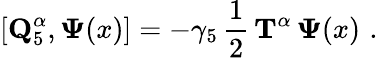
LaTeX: \left[{\mathbf Q}_{5}^{\alpha},{\mathbf\Psi}(x)\right]=-\gamma_{5}\, \frac 12\, {\mathbf T}^{\alpha}\, {\mathbf\Psi}(x)\, \, .